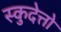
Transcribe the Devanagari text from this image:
स्कुदेत्तो